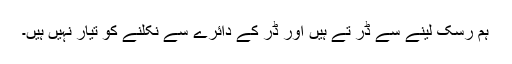
ہم رسک لینے سے ڈر تے ہیں اور ڈر کے دائرے سے نکلنے کو تیار نہیں ہیں۔